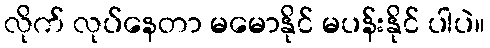
လိုက် လုပ်နေတာ မမောနိုင် မပန်းနိုင် ပါပဲ။